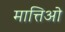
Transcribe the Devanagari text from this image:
मात्तिओ